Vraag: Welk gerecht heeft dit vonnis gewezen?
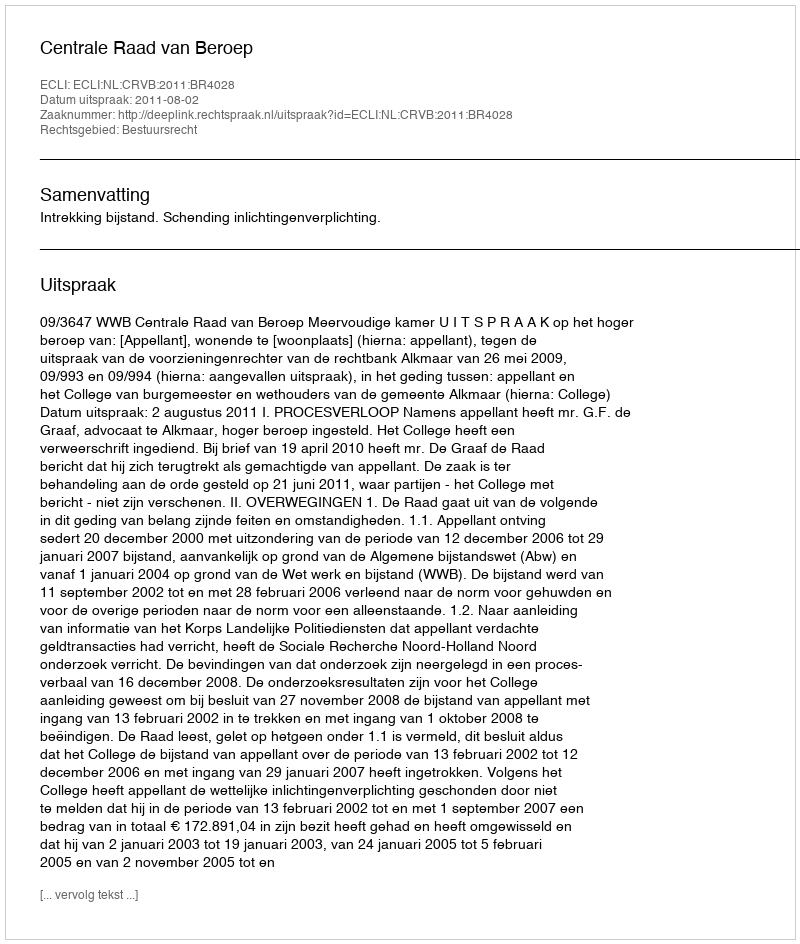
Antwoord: Centrale Raad van Beroep